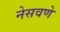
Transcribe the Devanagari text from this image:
नेसवणे